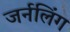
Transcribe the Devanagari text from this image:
जर्नलिंग